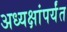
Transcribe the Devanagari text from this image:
अध्यक्षांपर्यंत